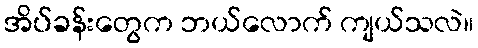
အိပ်ခန်းတွေက ဘယ်လောက် ကျယ်သလဲ။